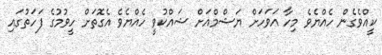
ކީއްވެގެން ހެއްޔެވެ މިހާ އަވަހަށް ޔަޝްމްއަށް ޝައްކުވީ ހެއްޔެވެ އެގޮތަށް ހީވުމުގެ ފަހަތުގައި